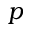
p